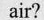
air?